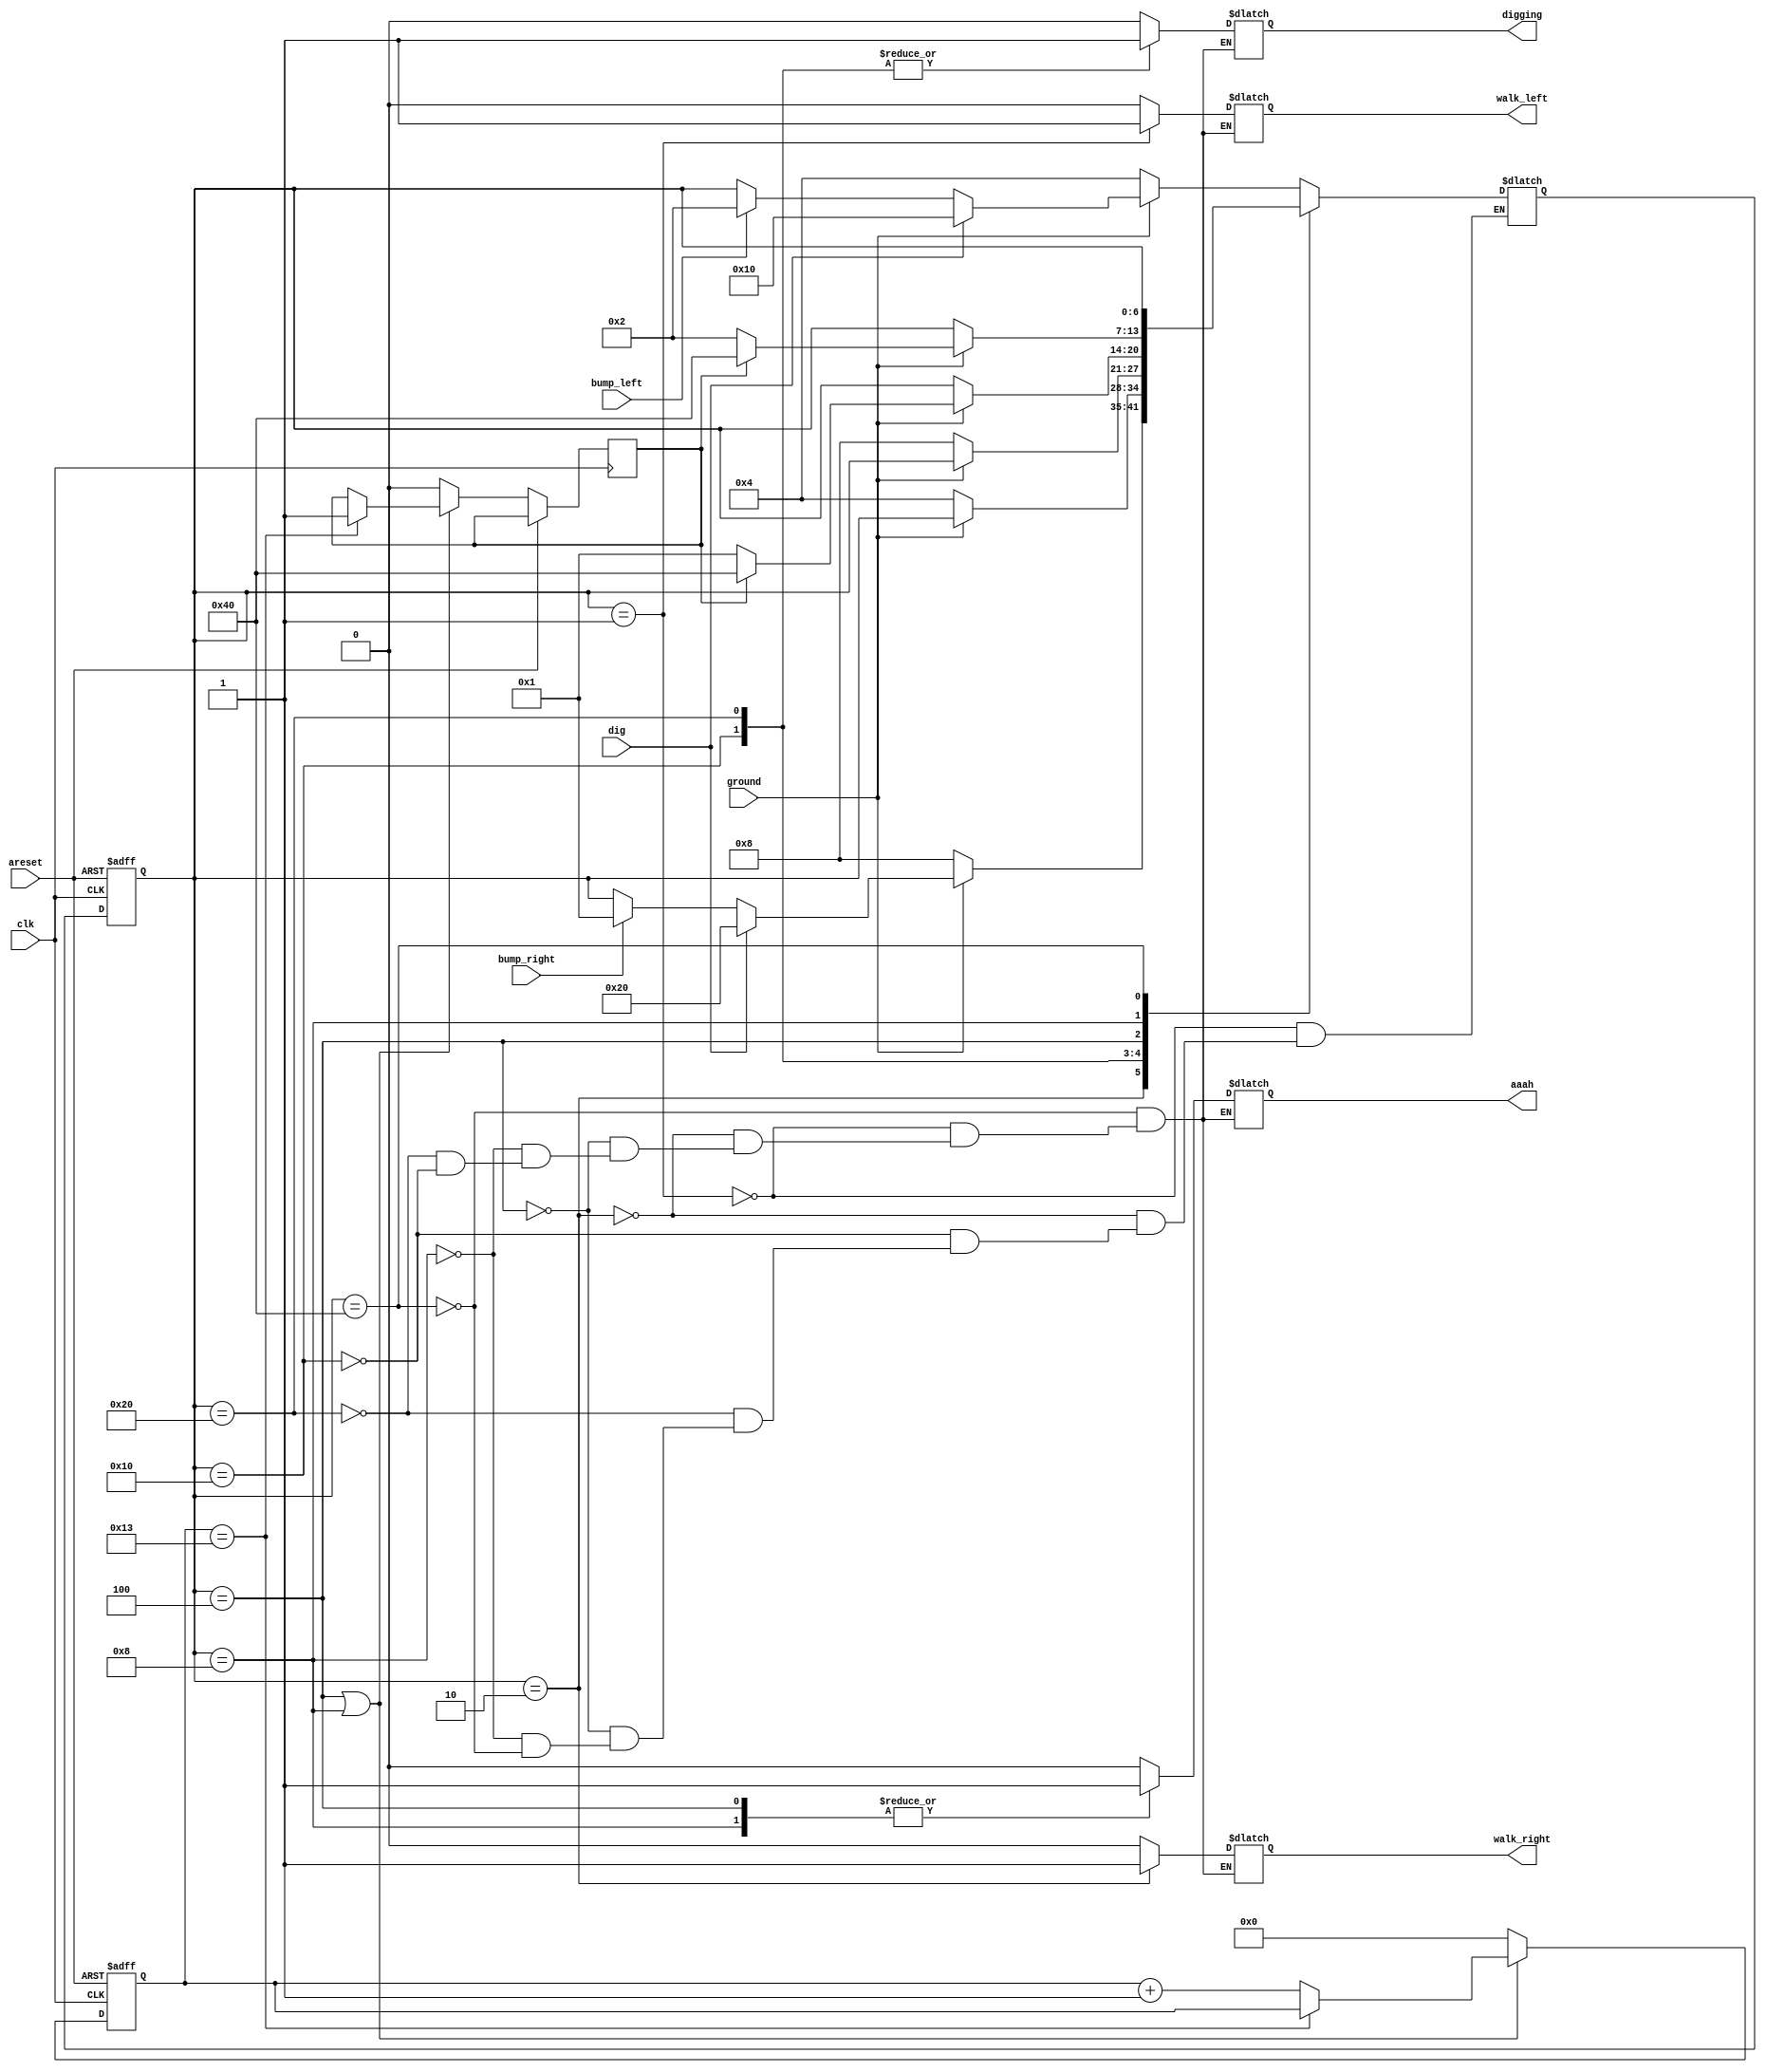
module top_module(
    input clk,
    input areset,    // Freshly brainwashed Lemmings walk left.
    input bump_left,
    input bump_right,
    input ground,
    input dig,
    output walk_left,
    output walk_right,
    output aaah,
    output digging ); 

    parameter LEFT  = 7'b0000_001; // state that lemming is walking left
    parameter RIGHT = 7'b0000_010; // state that lemming is walking right
    parameter FALL_LEFT  = 7'b0000_100; // state that lemming is falling but before he was walking left
    parameter FALL_RIGHT = 7'b0001_000; // state that lemming is falling but before he was walking right
    parameter DIGGING_LEFT  = 7'b0010_000;
    parameter DIGGING_RIGHT = 7'b0100_000;
    parameter SPLATTER = 7'b1000_000;

    reg [6:0] state, next_state;
    reg [4:0] counter;
    reg flag;

    always @(posedge clk, posedge areset) begin
        if (areset) begin
            counter <= 0;
        end else begin
            if (state == FALL_LEFT || state == FALL_RIGHT) begin
                if (counter == 19) flag <= 1; 
                else counter <= counter + 1;
            end else begin
                counter <= 0;
                flag <= 0;
            end
        end
    end

    always @(posedge clk, posedge areset) begin
        if (areset) begin
            state <= LEFT;
        end else begin 
            state <= next_state;
        end
    end

   always @(*) begin
        // State transition logic
        case (state)
            LEFT: begin
                if (ground == 1) begin // there is a ground
                    if (dig == 1) begin
                        next_state = DIGGING_LEFT; // start digging
                    end else begin
                        if (bump_left == 1) begin
                            next_state = RIGHT;
                        end else begin
                            next_state = state;
                        end
                    end
                end else begin // there is no ground, lemming will fall
                        next_state = FALL_LEFT; 
                end
            end

            RIGHT: begin
                if (ground == 1) begin // there is a ground
                    if (dig == 1) begin
                        next_state = DIGGING_RIGHT;
                    end else begin
                        if (bump_right == 1) begin
                            next_state = LEFT;
                        end else begin
                            next_state = state;
                        end
                    end
                end else begin // there is no ground, lemming will fall
                    next_state = FALL_RIGHT; 
                end
            end

            DIGGING_LEFT: begin
                if (ground == 0) begin
                    next_state = FALL_LEFT;
                end else begin
                    next_state = state;
                end
            end

            DIGGING_RIGHT: begin
                if (ground == 0) begin
                    next_state = FALL_RIGHT;
                end else begin
                    next_state = state;
                end
            end

            FALL_LEFT: begin
                if (ground == 1) begin
                    if (flag) begin
                        next_state = SPLATTER;
                    end else begin
                        next_state = LEFT;
                    end
                end else begin
                    next_state = state;
                end
            end

            FALL_RIGHT: begin
                if (ground == 1) begin
                    if (flag) begin
                        next_state = SPLATTER;
                    end else begin
                        next_state = RIGHT;
                    end
                end else begin
                    next_state = state;
                end
            end

            SPLATTER: begin
                next_state = state;
            end
        endcase
    end

    always @(*) begin
        case (state)
            SPLATTER: begin
                walk_left  = 0;
                walk_right = 0;
                aaah = 0;
                digging = 0;
            end

            LEFT: begin
                walk_left  = 1;
                walk_right = 0;
                aaah = 0;
                digging = 0;
            end

            RIGHT: begin
                walk_left  = 0;
                walk_right = 1;
                aaah = 0;
                digging = 0;
            end

            FALL_LEFT: begin
                walk_left  = 0;
                walk_right = 0;
                aaah = 1;
                digging = 0;
            end

            FALL_RIGHT: begin
                walk_left  = 0;
                walk_right = 0;
                aaah = 1;
                digging = 0;
            end

            DIGGING_RIGHT: begin
                walk_left  = 0;
                walk_right = 0;
                aaah = 0;
                digging = 1;
            end

            DIGGING_LEFT: begin
                walk_left  = 0;
                walk_right = 0;
                aaah = 0;
                digging = 1;
            end
        endcase
    end

endmodule